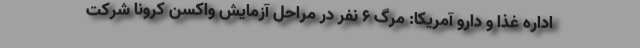
اداره غذا و دارو آمریکا: مرگ ۶ نفر در مراحل آزمایش واکسن کرونا شرکت